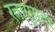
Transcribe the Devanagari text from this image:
रत्नासुरावर